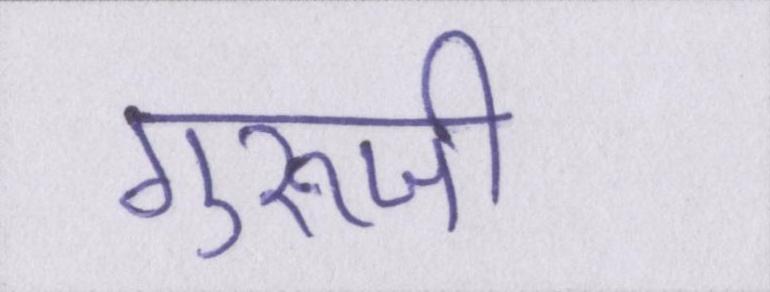
गुरूजी